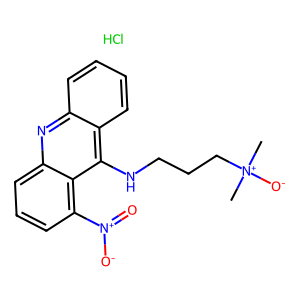
SMILES: C[N+](C)([O-])CCCNc1c2ccccc2nc2cccc([N+](=O)[O-])c12.Cl
Inhibits HIV replication: No